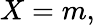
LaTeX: X=m,